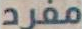
مفرد